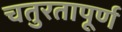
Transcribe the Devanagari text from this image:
चतुरतापूर्ण